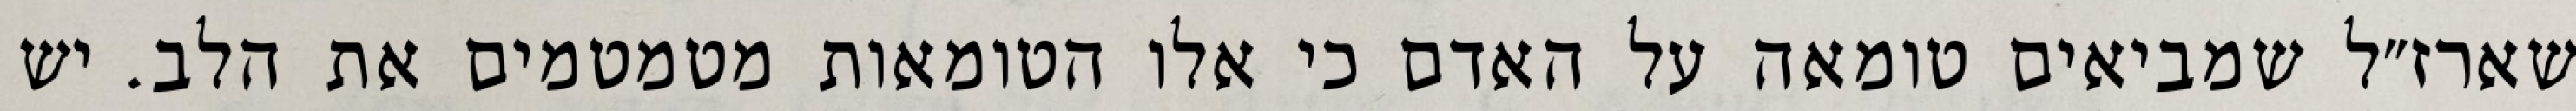
שארז״ל שמביאים טומאה על האדם כי אלו הטומאות מטמטמים את הלב. יש